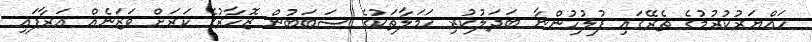
ހައްޔަރުކުރުމުގެ ތެރޭގައި ފުލުހުންނާ ބަދަލުކުރި ހަމަލާތަކުގެ ސަބަބުން ޒޮހާރުގެ ކަރަށް ވަޒަނެއް އަރާފައި